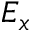
E _ { x }